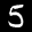
Label: 5